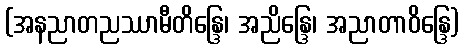
(အနညာတညဿာမီတိန္ဒြေ၊ အညိန္ဒြေ၊ အညာတာဝိန္ဒြေ)